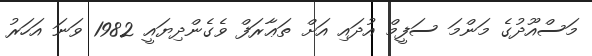
މަސްއޫދުގެ މަންމަ ސަފީމް އުދައި އަށް ތަޢާރަފް ވެގެންދިޔައީ 1982 ވަނަ އަހަރު